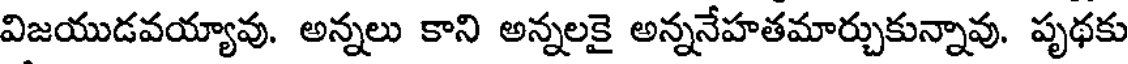
విజయుడవయ్యావు. అన్నలు కాని అన్నలకై అన్ననేహతమార్చుకున్నావు. పృథకు